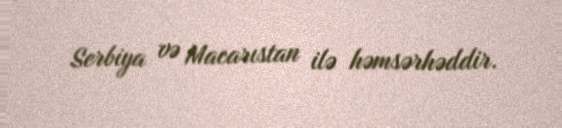
Serbiya və Macarıstan ilə həmsərhəddir.